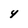
Character: 4